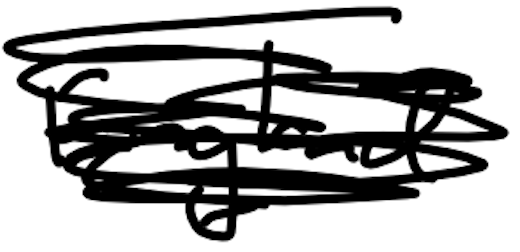
Text: England
Cross-out: scratch
Writing tool: digital_black